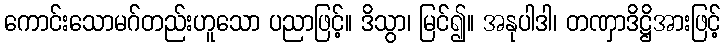
ကောင်းသောမဂ်တည်းဟူသော ပညာဖြင့်။ ဒိသွာ၊ မြင်၍။ အနုပါဒါ၊ တဏှာဒိဋ္ဌိအားဖြင့်